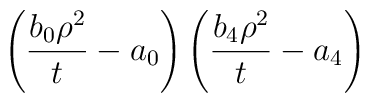
\left(\frac{b_0\rho^2}{t}-a_0\right)\left(\frac{b_4\rho^2}{t}-a_4\right)